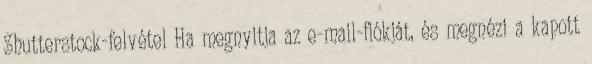
Shutterstock-felvétel Ha megnyitja az e-mail-fiókját, és megnézi a kapott